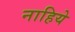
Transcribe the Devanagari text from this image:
नाहिये